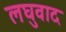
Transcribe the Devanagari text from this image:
लघुवाद